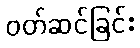
ဝတ်ဆင်ခြင်း